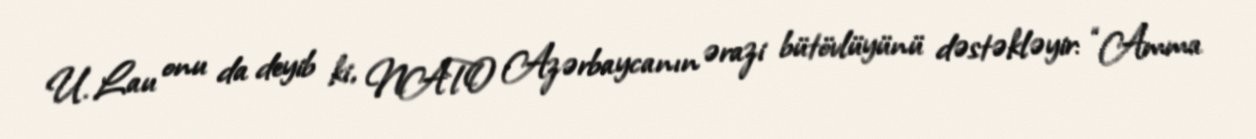
U. Lau onu da deyib ki, NATO Azərbaycanın ərazi bütövlüyünü dəstəkləyir: “Amma